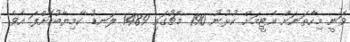
ވަނީ މިހާތަނަށް އެޓީމަށް ކުޅުނު 190 މެޗުގައި 1489 ލަނޑު ކާމިޔާބުކޮށްފަ އެވެ.